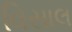
વિસાલ